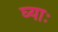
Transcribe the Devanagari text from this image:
घ्‍याः